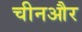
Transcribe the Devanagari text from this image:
चीनऔर